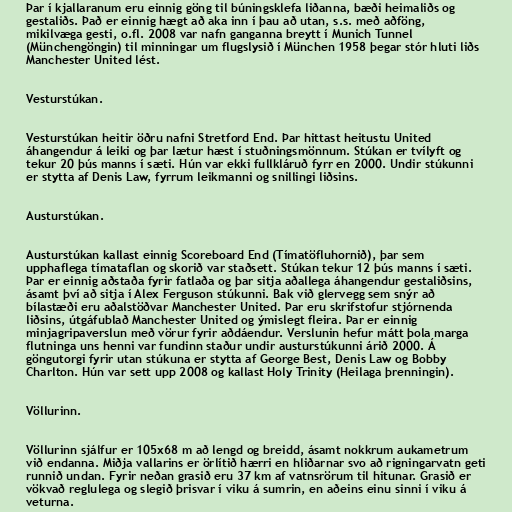
Þar í kjallaranum eru einnig göng til búningsklefa liðanna, bæði heimaliðs og
gestaliðs. Það er einnig hægt að aka inn í þau að utan, s.s. með aðföng,
mikilvæga gesti, o.fl. 2008 var nafn ganganna breytt í Munich Tunnel
(Münchengöngin) til minningar um flugslysið í München 1958 þegar stór hluti liðs
Manchester United lést.

Vesturstúkan.

Vesturstúkan heitir öðru nafni Stretford End. Þar hittast heitustu United
áhangendur á leiki og þar lætur hæst í stuðningsmönnum. Stúkan er tvílyft og
tekur 20 þús manns í sæti. Hún var ekki fullkláruð fyrr en 2000. Undir stúkunni
er stytta af Denis Law, fyrrum leikmanni og snillingi liðsins.

Austurstúkan.

Austurstúkan kallast einnig Scoreboard End (Tímatöfluhornið), þar sem
upphaflega tímataflan og skorið var staðsett. Stúkan tekur 12 þús manns í sæti.
Þar er einnig aðstaða fyrir fatlaða og þar sitja aðallega áhangendur gestaliðsins,
ásamt því að sitja í Alex Ferguson stúkunni. Bak við glervegg sem snýr að
bílastæði eru aðalstöðvar Manchester United. Þar eru skrifstofur stjórnenda
liðsins, útgáfublað Manchester United og ýmislegt fleira. Þar er einnig
minjagripaverslun með vörur fyrir aðdáendur. Verslunin hefur mátt þola marga
flutninga uns henni var fundinn staður undir austurstúkunni árið 2000. Á
göngutorgi fyrir utan stúkuna er stytta af George Best, Denis Law og Bobby
Charlton. Hún var sett upp 2008 og kallast Holy Trinity (Heilaga þrenningin).

Völlurinn.

Völlurinn sjálfur er 105x68 m að lengd og breidd, ásamt nokkrum aukametrum
við endanna. Miðja vallarins er örlítið hærri en hliðarnar svo að rigningarvatn geti
runnið undan. Fyrir neðan grasið eru 37 km af vatnsrörum til hitunar. Grasið er
vökvað reglulega og slegið þrisvar í viku á sumrin, en aðeins einu sinni í viku á
veturna.